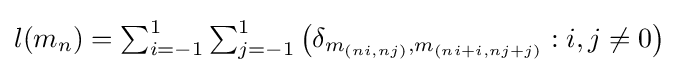
{\textstyle l(m_{n})=\sum _{i=-1}^{1}\sum _{j=-1}^{1}\left(\delta _{m_{(ni,nj)},m_{(ni+i,nj+j)}}:i,j\neq 0\right)}